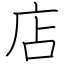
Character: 店